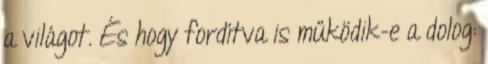
a világot. És hogy fordítva is működik-e a dolog: